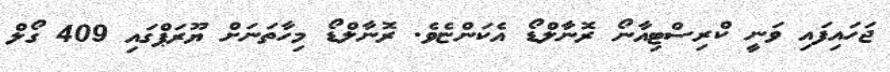
ޖަހައިފައި ވަނީ ކްރިސްޓިއާނޯ ރޮނާލްޑޯ އެކަންޏެވެ. ރޮނާލްޑޯ މިހާތަނަށް ޔޫރަޕްގައި 409 ގޯލް